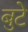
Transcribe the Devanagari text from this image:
बुटे